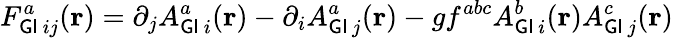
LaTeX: F_{{\sf GI}\, ij}^{a}({\mathbf r})=\partial_{j}A_{{\sf GI}\, i}^{a}({\mathbf r})-\partial_{i}A_{{\sf GI}\, j}^{a}({\mathbf r})-gf^{abc}A_{{\sf GI}\, i}^{b}({\mathbf r})A_{{\sf GI}\, j}^{c}({\mathbf r})